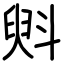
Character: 斞